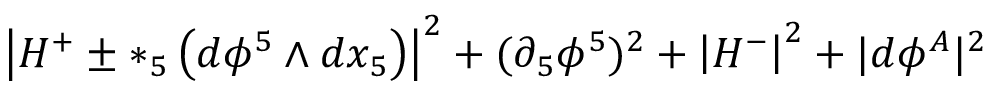
\left| H ^ { + } \pm * _ { 5 } \left( d \phi ^ { 5 } \wedge d x _ { 5 } \right) \right| ^ { 2 } + ( \partial _ { 5 } \phi ^ { 5 } ) ^ { 2 } + \left| H ^ { - } \right| ^ { 2 } + | d \phi ^ { A } | ^ { 2 }